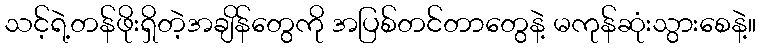
သင့်ရဲ့တန်ဖိုးရှိတဲ့အချိန်တွေကို အပြစ်တင်တာတွေနဲ့ မကုန်ဆုံးသွားစေနဲ့။